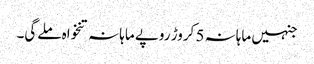
جنہیں ماہانہ 5 کروڑ روپے ماہانہ تنخواہ ملےگی۔